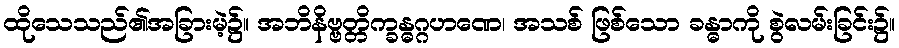
ထိုသေသည်၏အခြားမဲ့၌။ အဘိနိဗ္ဗတ္တိက္ခန္ဓဂ္ဂဟဏေ၊ အသစ် ဖြစ်သော ခန္ဓာကို စွဲလမ်းခြင်း၌။